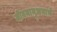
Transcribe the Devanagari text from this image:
जीवनानुभवाचे